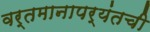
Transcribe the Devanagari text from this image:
वर्तमानापर्यंतची